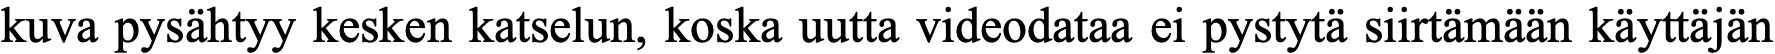
kuva pysähtyy kesken katselun, koska uutta videodataa ei pystytä siirtämään käyttäjän